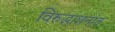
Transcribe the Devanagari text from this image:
विरुद्धाशनात